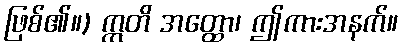
ဖြစ်၏။) ဣတိ အတ္ထော၊ ဤကားအနက်။